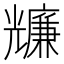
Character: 𠓌